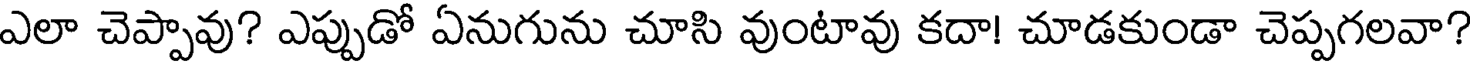
ఎలా చెప్పావు? ఎప్పుడో ఏనుగును చూసి వుంటావు కదా! చూడకుండా చెప్పగలవా?